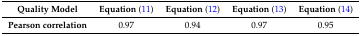
| Quality Model | Equation (11) | Equation (12) | Equation (13) | Equation (14) |
 | --- | --- | --- | --- | --- |
 | Pearson correlation | 0.97 | 0.94 | 0.97 | 0.95 |